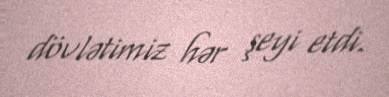
dövlətimiz hər şeyi etdi.